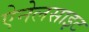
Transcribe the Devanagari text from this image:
ऐनेलसाइट